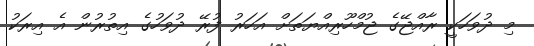
މި ދުވަހަކީ ރާއްޖޭގެ ޖުމްހޫރިއްޔަތަށް އަހަރު ފުރޭ ދުވަހުގެ އިތުރުން އެ އިރަކު